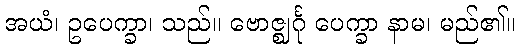
အယံ၊ ဥပေက္ခာ၊ သည်။ ဗောဇ္ဈင်္ဂု ပေက္ခာ နာမ၊ မည်၏။